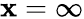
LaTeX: \mathbf{x}=\infty